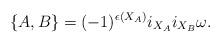
LaTeX: \begin{align*}\{A,B\}=(-1)^{\epsilon(X_A)}i_{X_A}i_{X_B}\omega .\end{align*}